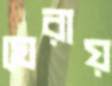
ঘেরায়